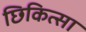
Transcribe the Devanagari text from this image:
छिकित्सा